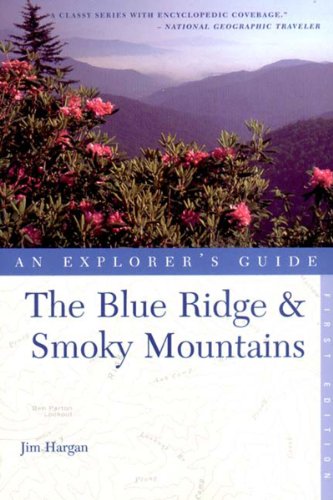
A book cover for The Blue Ridge and Smoky Mountains: An Explorer's Guide (Explorer's Guide Blue Ridge & Smoky Mountains); Jim Hargan; Travel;